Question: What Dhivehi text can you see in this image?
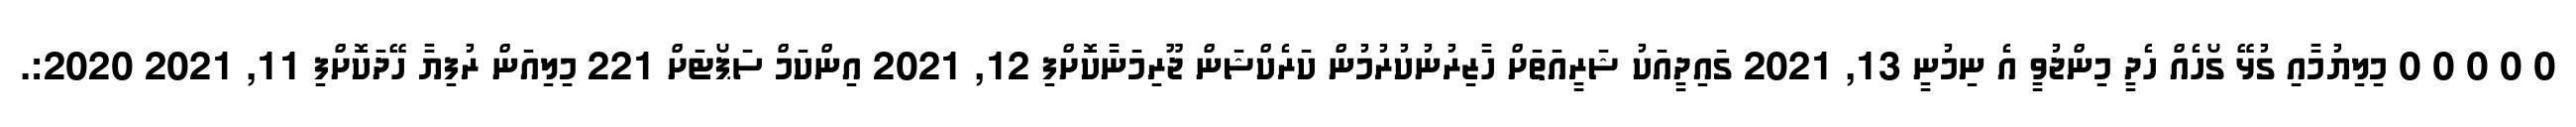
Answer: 0 0 0 0 0 މިލިޔުމާއި ގުޅޭ ގޯހެއް ހެދީ މިންޖުވީ އެ ނިމުނީ 13, 2021 ގައިދީއަކު ޝަރީއަތަށް ހާޒިރުނުކުރުމުން ކަރެކްޝަން ޖޫރިމަނާކޮށްފި 12, 2021 އިންކަމް ސަޕޯޓަށް 221 މިލިއަން ރުފިޔާ ހޭދަކޮށްފި 11, 2021 2020:.